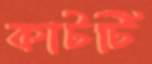
কাটটি